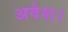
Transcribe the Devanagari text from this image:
अवेश।